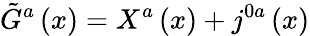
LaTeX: \tilde{G}^{a}\left(x\right)=X^{a}\left(x\right)+j^{0a}\left(x\right)